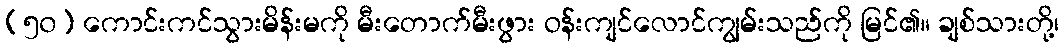
(၅၀) ကောင်းကင်သွားမိန်းမကို မီးတောက်မီးဖွား ဝန်းကျင်လောင်ကျွမ်းသည်ကို မြင်၏။ ချစ်သားတို့၊